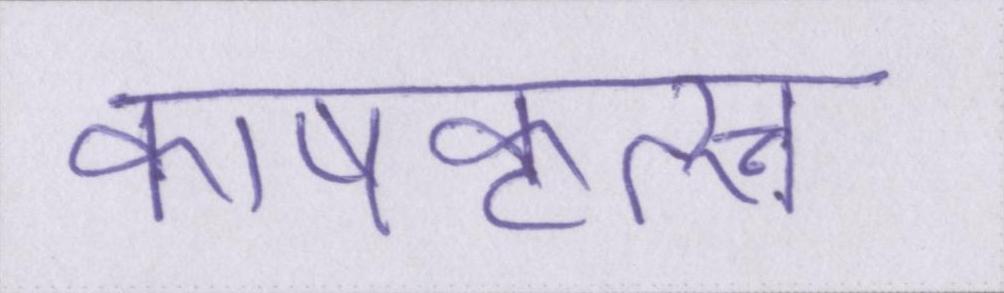
काषकृत्स्न